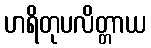
ဟရိတုပလိတ္တာယ